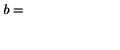
b =